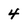
Character: 4